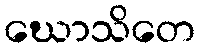
ဃောသိတေ